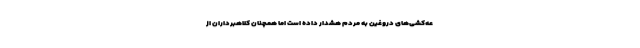
عه‌کشی‌های دروغین به مردم هشدار داده است اما همچنان کلاهبرداران از